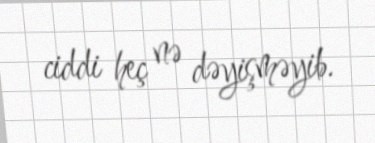
ciddi heç nə dəyişməyib.